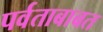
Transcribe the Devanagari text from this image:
पर्वताबाबत